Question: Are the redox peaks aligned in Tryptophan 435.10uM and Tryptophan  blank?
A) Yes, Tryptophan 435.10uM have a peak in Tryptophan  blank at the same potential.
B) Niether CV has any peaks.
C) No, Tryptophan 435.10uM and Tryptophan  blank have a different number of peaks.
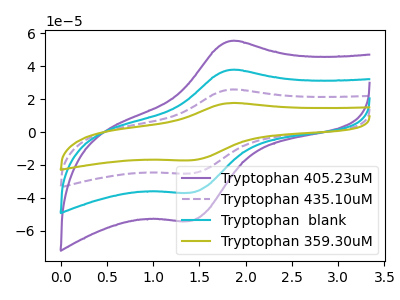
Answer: <think>The purple curve "Tryptophan 405.23uM" has an anodic peak at (1.85V, 55.30uA) and a cathodic peak at (1.40V, -54.05uA). The purple dashed curve "Tryptophan 435.10uM" has an anodic peak at (1.85V, 75.50uA) and a cathodic peak at (1.40V, -73.80uA). The cyan curve "Tryptophan  blank" has an anodic peak at (1.85V, 37.75uA) and a cathodic peak at (1.40V, -36.90uA). The olive curve "Tryptophan 359.30uM" has an anodic peak at (1.85V, 113.30uA) and a cathodic peak at (1.40V, -110.70uA).</think>
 <answer>A) Yes, "Tryptophan 435.10uM" have a peak in "Tryptophan  blank" at the same potential.</answer>
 <eval>A</eval>